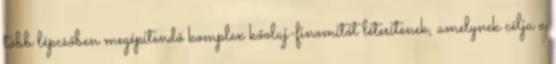
több lépcsőben megépítendő komplex kőolaj-finomítót létesítenek, amelynek célja a